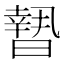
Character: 𣊮